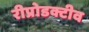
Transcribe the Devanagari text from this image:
रीप्रोडक्टीव